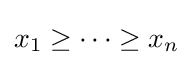
x_{1}\geq \cdots \geq x_{n}